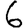
Digit: 6